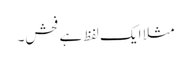
مثلا ایک لفظ ہے فحش۔